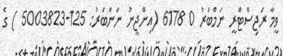
ވީމާ ރަޖިސްޓްރީ ނަމްބަރު 0 6178 (އިންޖީނު ނަންބަރު: 125-5003823 ) ގެ